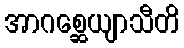
အာဂစ္ဆေယျာသီတိ